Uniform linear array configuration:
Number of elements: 32
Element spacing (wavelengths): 0.25
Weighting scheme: exponential
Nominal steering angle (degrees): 0
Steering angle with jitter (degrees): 1.669
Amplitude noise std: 0.05
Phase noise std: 0.05

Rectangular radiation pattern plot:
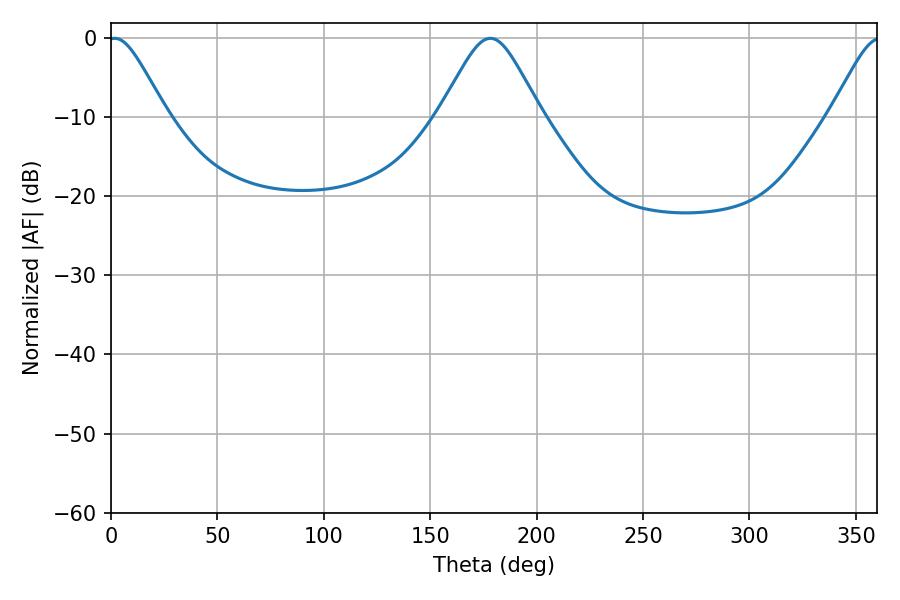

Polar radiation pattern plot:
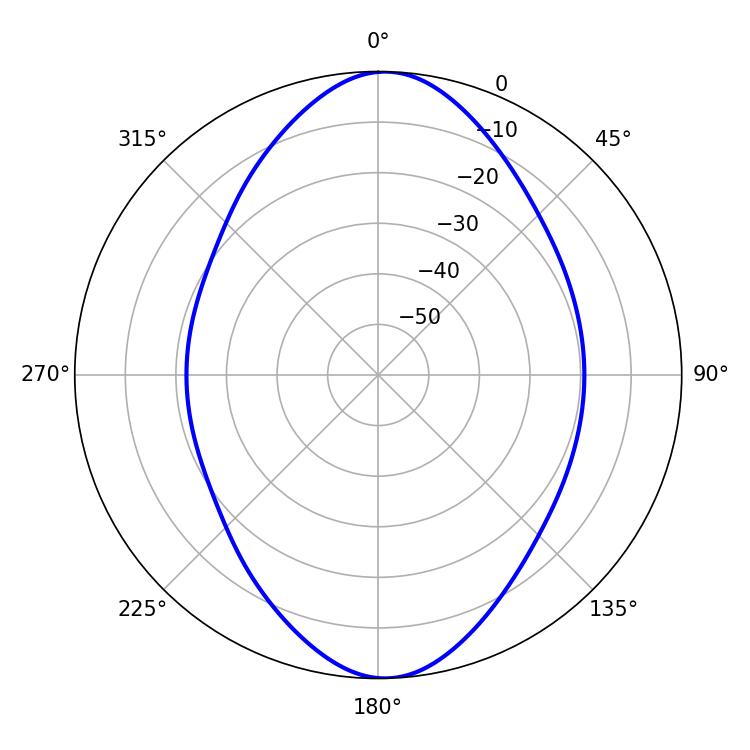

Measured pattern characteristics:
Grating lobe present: FALSE
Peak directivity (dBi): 16.874
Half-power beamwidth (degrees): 13.32
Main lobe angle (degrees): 1.8